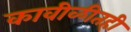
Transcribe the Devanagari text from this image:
कावीळीतही